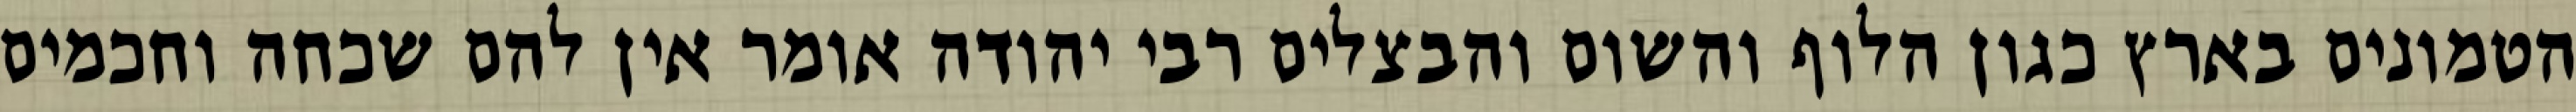
הטמונים בארץ כגון הלוף והשום והבצלים רבי יהודה אומר אין להם שכחה וחכמים